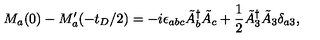
M _ { a } ( 0 ) - M _ { a } ^ { \prime } ( - t _ { D } / 2 ) = - i \epsilon _ { a b c } \tilde { A } _ { b } ^ { \dagger } \tilde { A } _ { c } + \frac { 1 } { 2 } \tilde { A } _ { 3 } ^ { \dagger } \tilde { A } _ { 3 } \delta _ { a 3 } ,